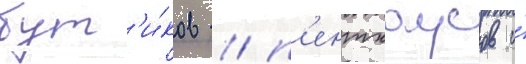
бут'и́ков / п'ентхаусов и́